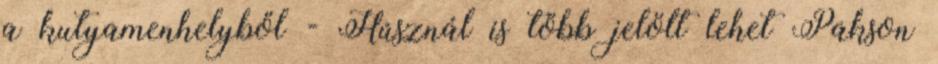
a kutyamenhelyből - Húsznál is több jelölt lehet Pakson